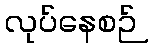
လုပ်နေစဉ်